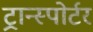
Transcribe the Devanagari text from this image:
ट्रान्स्पोर्टर